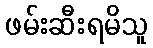
ဖမ်းဆီးရမိသူ